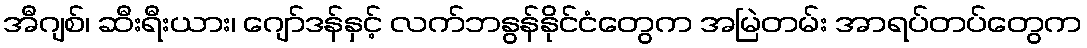
အီဂျစ်၊ ဆီးရီးယား၊ ဂျော်ဒန်နှင့် လက်ဘနွန်နိုင်ငံတွေက အမြဲတမ်း အာရပ်တပ်တွေက